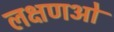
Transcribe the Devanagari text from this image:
लक्षणओ